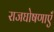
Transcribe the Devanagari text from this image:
राजघोषणाएँ